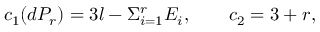
c _ { 1 } ( d P _ { r } ) = 3 l - \Sigma _ { i = 1 } ^ { r } E _ { i } , \qquad c _ { 2 } = 3 + r ,